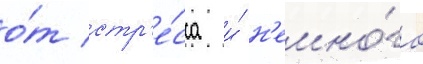
о́т стр'е́сса и́ н'емно́го